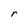
Character: r